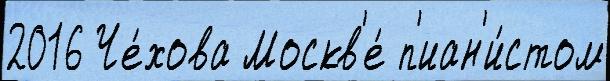
2016 Че́хова Москв'е́ п'иан'и́стом